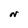
Character: N